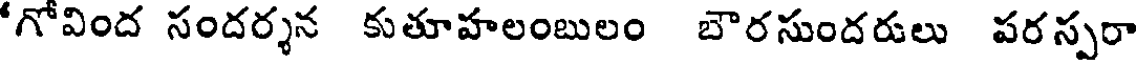
గోవింద సందర్శన కుతూహలంబులం బౌరసుందరులు పరస్పరా